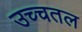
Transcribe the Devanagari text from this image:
उच्चतल